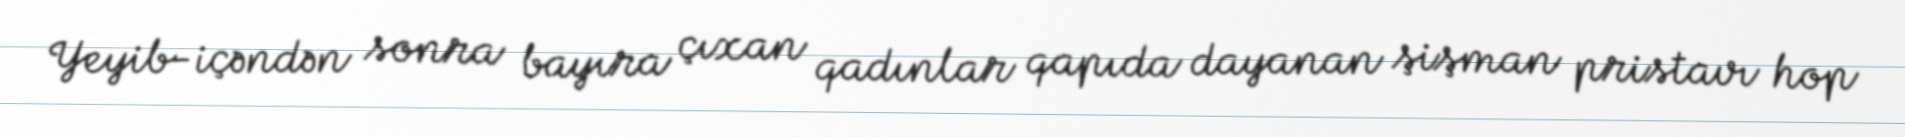
Yeyib-içəndən sonra bayıra çıxan qadınlar qapıda dayanan şişman pristavı hop